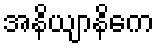
အနိယျာနိကေ